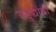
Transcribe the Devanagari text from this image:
यहुद्यांची